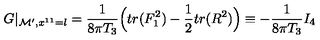
G \vert _ { { \cal M } ^ { \prime } , x ^ { 1 1 } = l } = { \frac { 1 } { 8 \pi T _ { 3 } } } \Big ( t r ( F _ { 1 } ^ { 2 } ) - { \frac { 1 } { 2 } } t r ( R ^ { 2 } ) \Big ) \equiv - { \frac { 1 } { 8 \pi T _ { 3 } } } I _ { 4 }